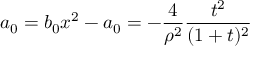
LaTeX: a _ { 0 } = b _ { 0 } x ^ { 2 } - a _ { 0 } = - \frac { 4 } { \rho ^ { 2 } } \frac { t ^ { 2 } } { ( 1 + t ) ^ { 2 } }